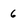
Character: 6